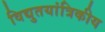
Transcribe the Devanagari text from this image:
विद्युतयांत्रिकीय